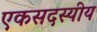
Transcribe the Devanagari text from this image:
एकसदस्यीय